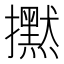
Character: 𢹇